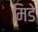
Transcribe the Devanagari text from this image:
मिडे